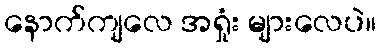
နောက်ကျလေ အရှုံး များလေပဲ။